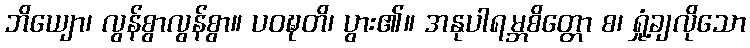
ဘိယျော၊ လွန်စွာလွန်စွာ။ ပဝဍ္ဎတိ၊ ပွား၏။ အနုပါရမ္ဘစိတ္တော စ၊ ရှုံ့ချလိုသော